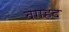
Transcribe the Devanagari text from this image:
बेगहद